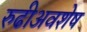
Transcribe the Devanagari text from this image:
रुढीअवशेष